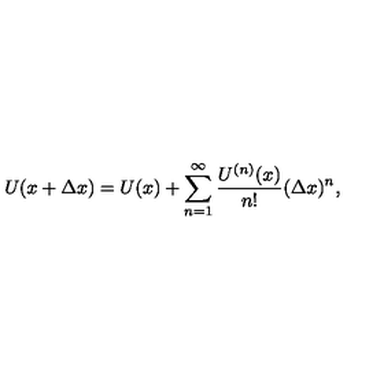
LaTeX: U ( x + \Delta x ) = U ( x ) + \sum _ { n = 1 } ^ { \infty } \frac { U ^ { ( n ) } ( x ) } { n ! } ( \Delta x ) ^ { n } ,